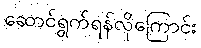
ဆောင်ရွက်ရန်လိုကြောင်း